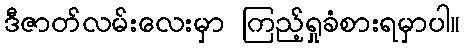
ဒီဇာတ်လမ်းလေးမှာ ကြည့်ရှုခံစားရမှာပါ။